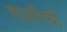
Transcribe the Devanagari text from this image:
बाजगियों